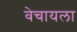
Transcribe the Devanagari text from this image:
वेचायला